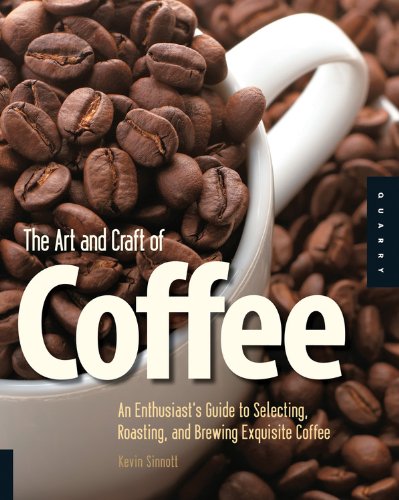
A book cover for The Art and Craft of Coffee: An Enthusiast's Guide to Selecting, Roasting, and Brewing Exquisite Coffee; Kevin Sinnott; Cookbooks, Food & Wine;